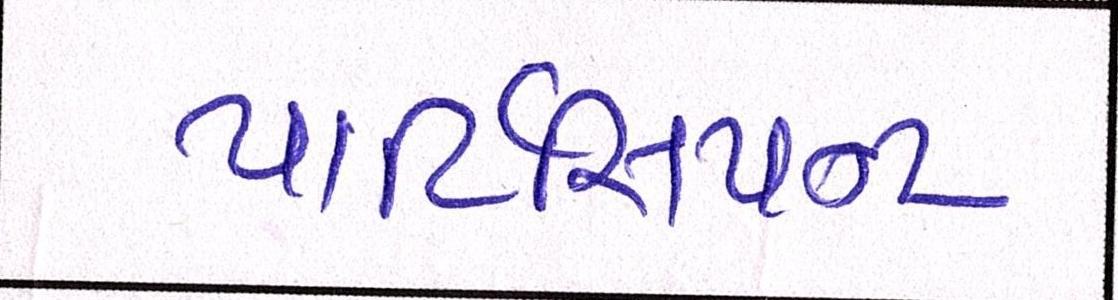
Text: પાર્ટિસિપન્ટ